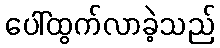
ပေါ်ထွက်လာခဲ့သည်